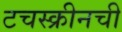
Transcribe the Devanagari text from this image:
टचस्क्रीनची